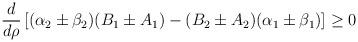
LaTeX: \begin{align*}\frac{d}{d\rho} \left [ (\alpha_2\pm\beta_2)(B_1\pm A_1)- (B_2\pm A_2)(\alpha_1\pm\beta_1)\right ]\ge 0\end{align*}